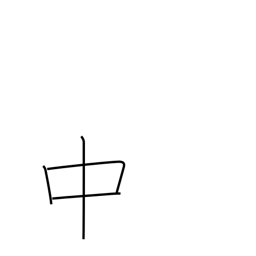
Meaning: in